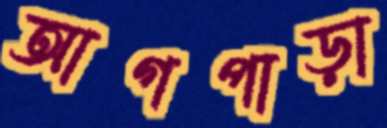
আগপাড়া